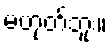
မဟုတ်ဘူး။